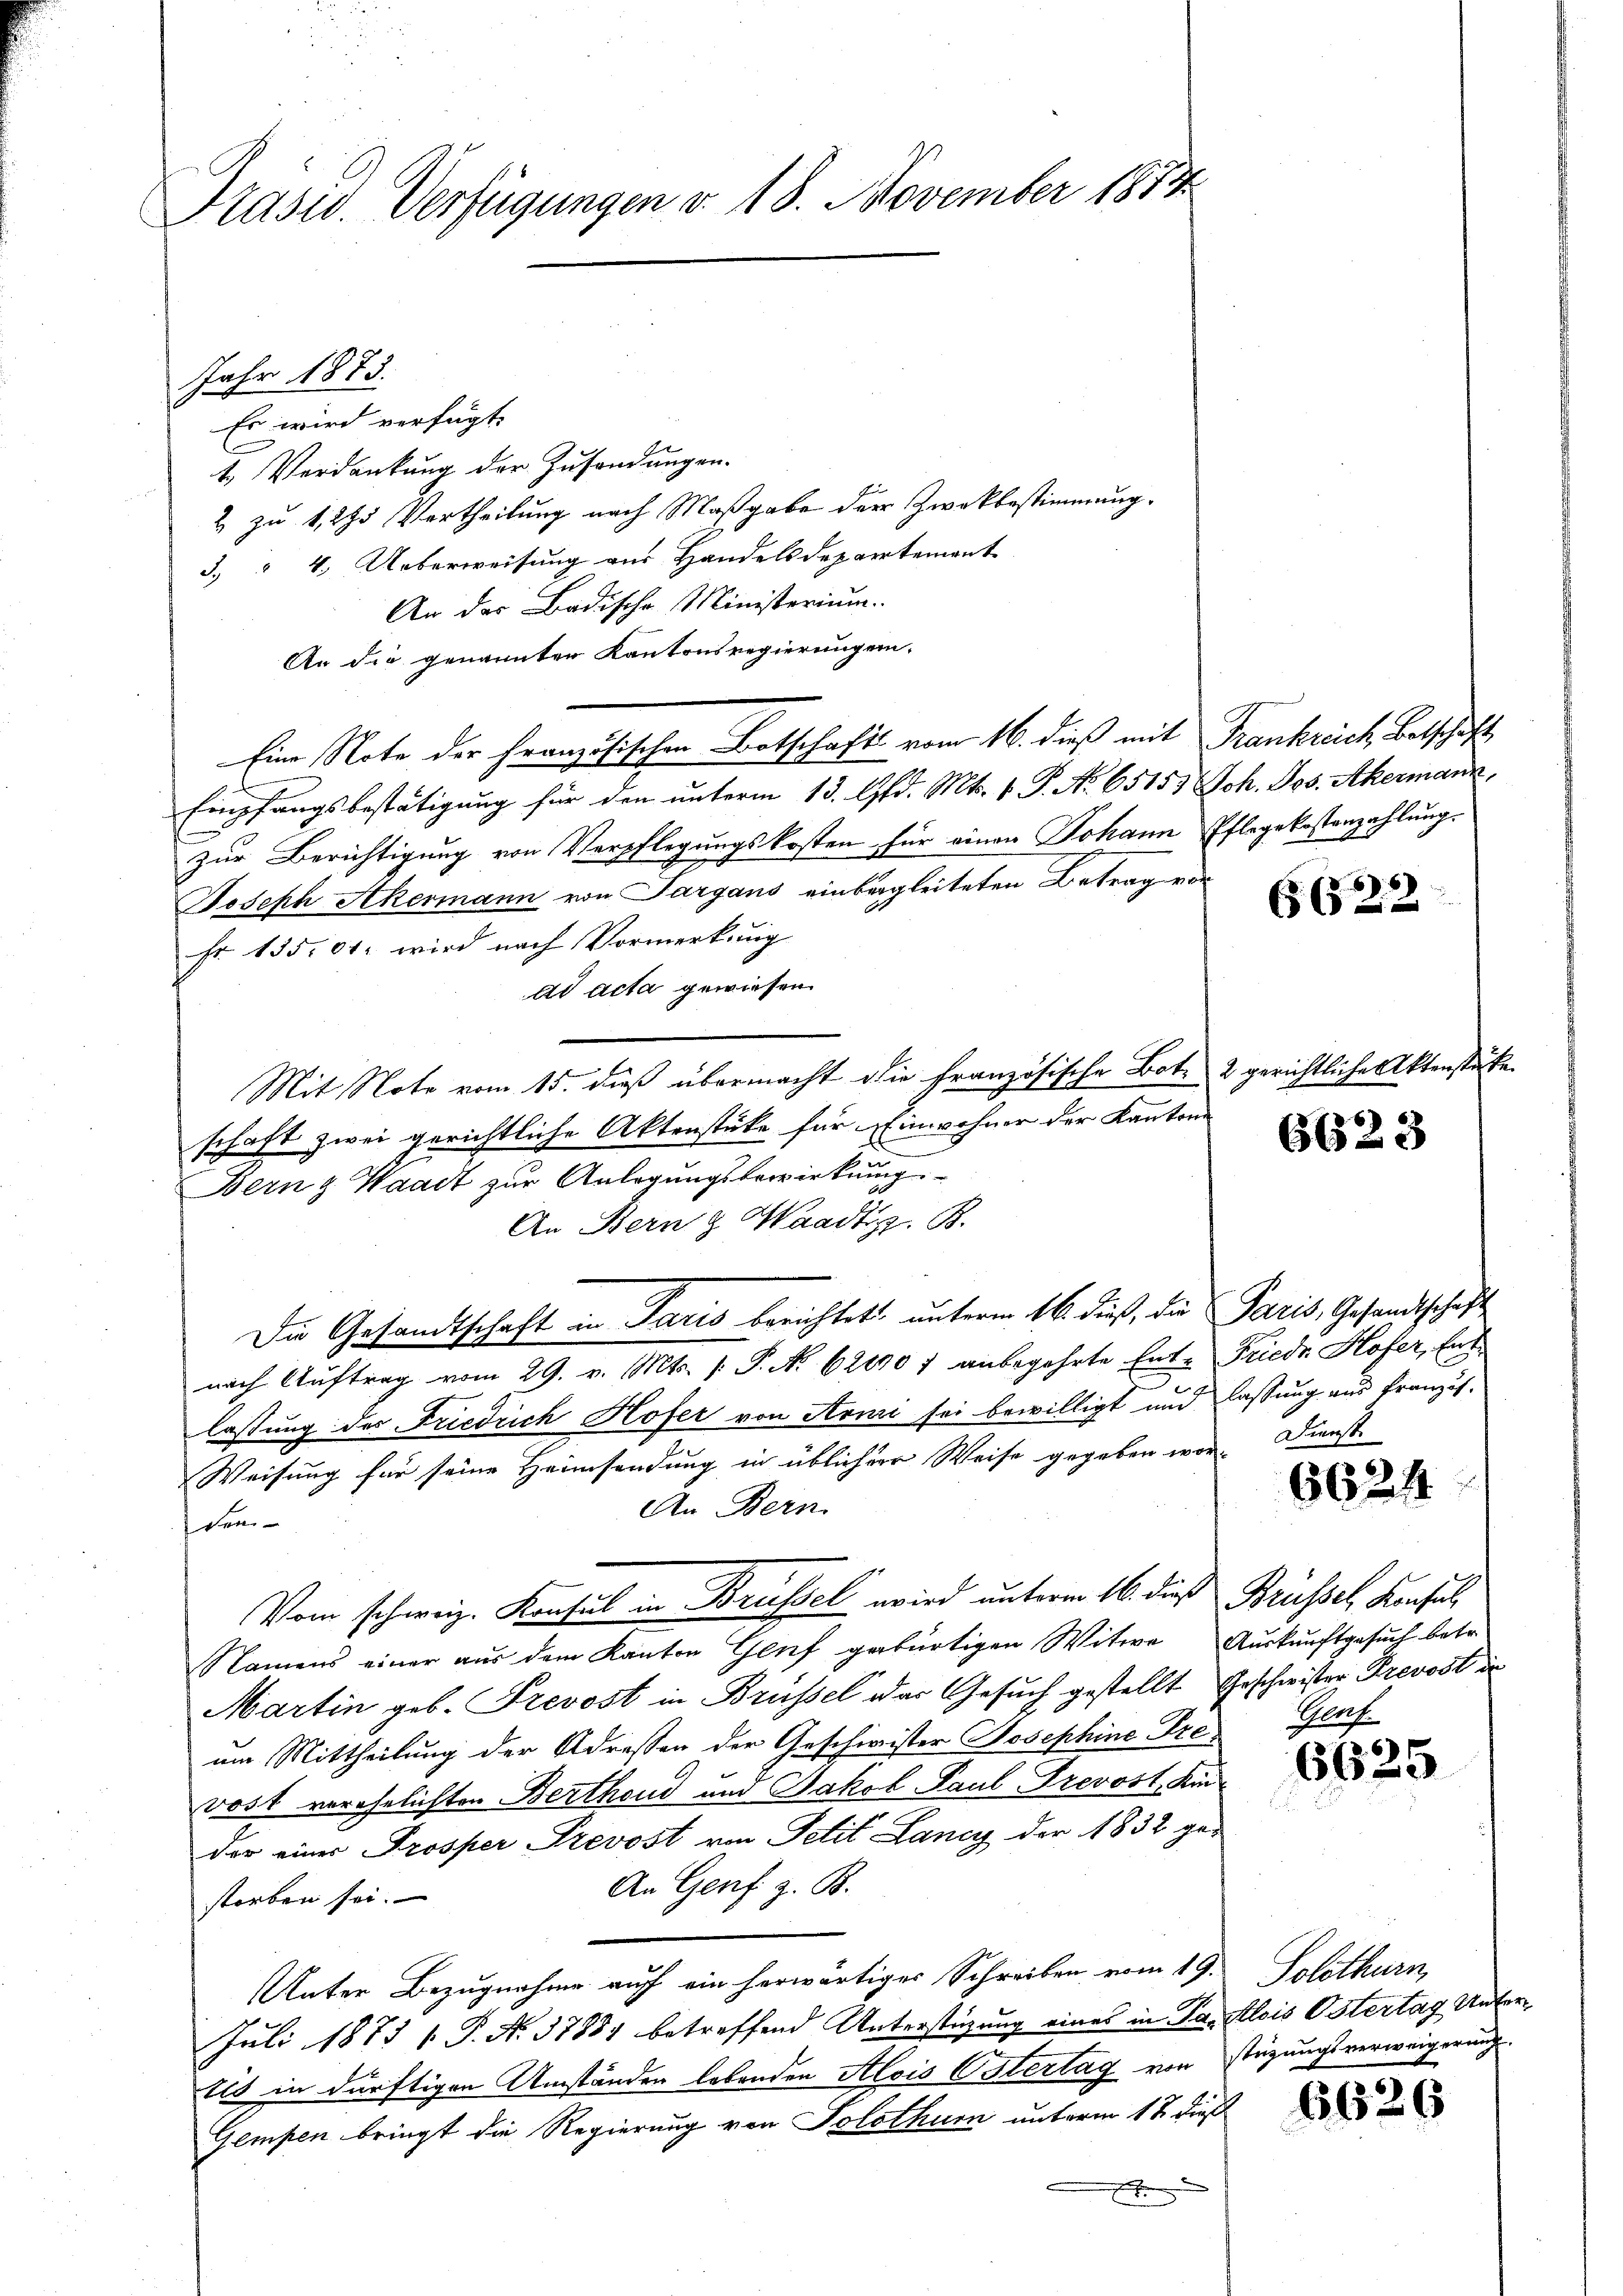
Präsid. Verfügungen v. 18. November 1874

Jahr 1873.
Es wird verfügt:
t. Verdankung der Zusendungen.
2 zu 1275 Vertheilung nach Maßgabe der Zwekbestimmung.
3. " 4. Ueberweisung aus Handelsdepartement
An der Badische Ministerium.
An die genannter Kantonsregierungen.
Eine Note der Französischen Botschafts vom 16. dieß mit Frankreich Betschaft,
Empfangsbestätigung für den unterm 13. Ad. Mts. v. P. No 65153 Joh. Jos. Akermann,
zur Berichtigung von Verpflegungskosten für einen Johann Pflegekostenzahlung.
Joseph Akermann von Sargans einbegleiteten Betrag vor
Fr. 135, 00. wird nach Vormerkung
ad acta gewiesen.
Mit Note vom 15. dieß übermacht die französische Bote 2 gerichtliche Aktensta
schaft zwei gerichtliche Aktenstüke für Einwohner der Kantone
Bern Waadt zŭr Anlegŭngsbewirkŭng
An Bern & Waadt z. B.
Die Gesandtschaft in Paris berichtet, unterm 16. dieß, die Paris, Gesandtschaft
nach Auftrag vom 29. v. Mts. v. P. N. 621907 anbegehrte Ent-Friede Hofer, Ente
lassung der Friedrich Hofer von Arnii sei bewilligt und lassung aus französ.
Weisung für seine Heimsendung in üblicher Weise gegeben wor-
An Bern.
den
Vom schweiz. Konsul in Brüssel wird unterm 16. dieß Brüssel, Konsul¬
Namens einer aus dem Kanton Genf gebürtigen Witwe Auskunftgesuch betr.
Martin geb. Frevost in Brüssel das Gesuch gestellt Geschwister Prevost ir
um Mittheilung der Adressen der Geschwister Josephine Prevost verehelichten Berthoud und Jakob Paul Prevost, Kin-
der einer Prosper Prevost von Petit Lancy der 1832 ge-
An Genf z. B.
storben sei.
Unter Bezugnahme auch ein herwärtiges Schreiben vom 19.
Juli 1873 / P. N. 37881 betreffend Unterstüzung eines in Patis in dürftigen Umständen lebenden Alois Ostertag von
Gempen bringt die Regierung von Solothurn unterm 12 dieß

6622

6623

Kunste

6621

onf.

6625

Solothurn,
Alois Ostertag Unterstigungsverweigerung.

6626